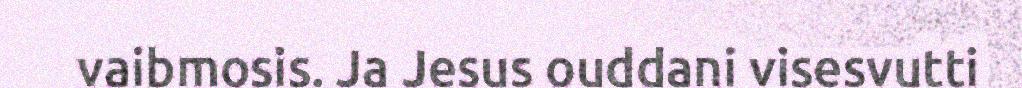
vaibmosis. Ja Jesus ouddani visesvutti